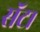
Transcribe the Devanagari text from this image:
सॅट।